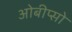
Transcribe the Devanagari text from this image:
ओबीप्‍सो